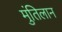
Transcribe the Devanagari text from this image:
मुंतिलान